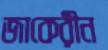
জাকেরীন